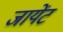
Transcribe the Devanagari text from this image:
जायेंट